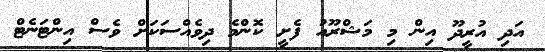
އަދި އުރީދޫ އިން މި މަޝްރޫއު ފެށީ ކޮންމެ ދިވެއްސަކަށް ވެސް އިންޓަނެޓް